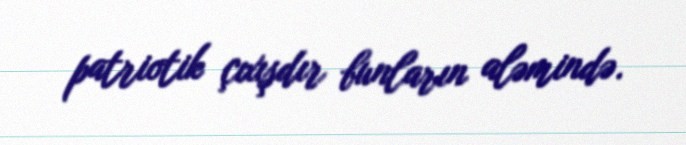
patriotik çıxışdır bunların aləmində.